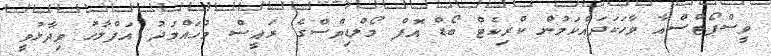
ވީސްޕޯޓްސްއާ ވާހަކަދައްކަމުން ކްރިކެޓް ބޯޑް އޮފް މޯލްޑިވްސްގެ ރައީސް މުހައްމަދު އަފްލާހު ވިދާޅުވީ